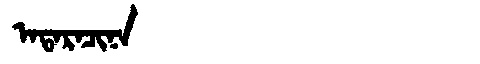
Manchu: ᠠᡨᠠᡵᠠᠴᡳᠨᠠ
Romanization: ATARACINA